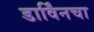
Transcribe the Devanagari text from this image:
डार्विंनचा